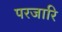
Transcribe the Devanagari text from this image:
परजारि